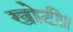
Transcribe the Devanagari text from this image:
खोटी।